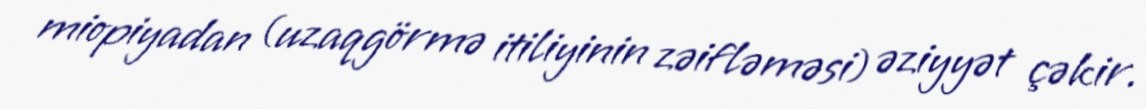
miopiyadan (uzaqgörmə itiliyinin zəifləməsi) əziyyət çəkir.